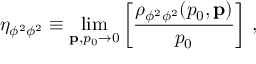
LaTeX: \eta _ { \phi ^ { 2 } \phi ^ { 2 } } \equiv \operatorname * { l i m } _ { { \bf p } , p _ { 0 } \to 0 } \left[ { \frac { \rho _ { \phi ^ { 2 } \phi ^ { 2 } } ( p _ { 0 } , { \bf p } ) } { p _ { 0 } } } \right] \, ,